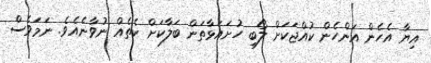
އިޔާ އެހެން އަންހެން ކުއްޖަކަށް ލޯބި ހުށައަޅާތަން ބަލާކަށް ކެތެއް ނުވާނެއެވެ. ނަމަވެސް